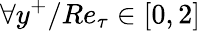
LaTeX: \forall y^{+}/Re_{\tau}\in[0,2]